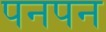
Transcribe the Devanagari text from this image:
पनपन